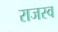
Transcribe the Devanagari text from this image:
राजस्व